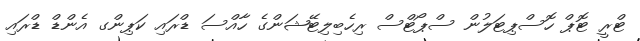
ޓްރީ ޓޮޕް ހޮސްޕިޓަލުން ސްޕޯޓްސް ރިހެބިލިޓޭޝަންގެ ހާއްސަ ޑްރައި ކަޕިންގ އެންޑް ޑްރައި